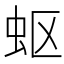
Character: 𮓹